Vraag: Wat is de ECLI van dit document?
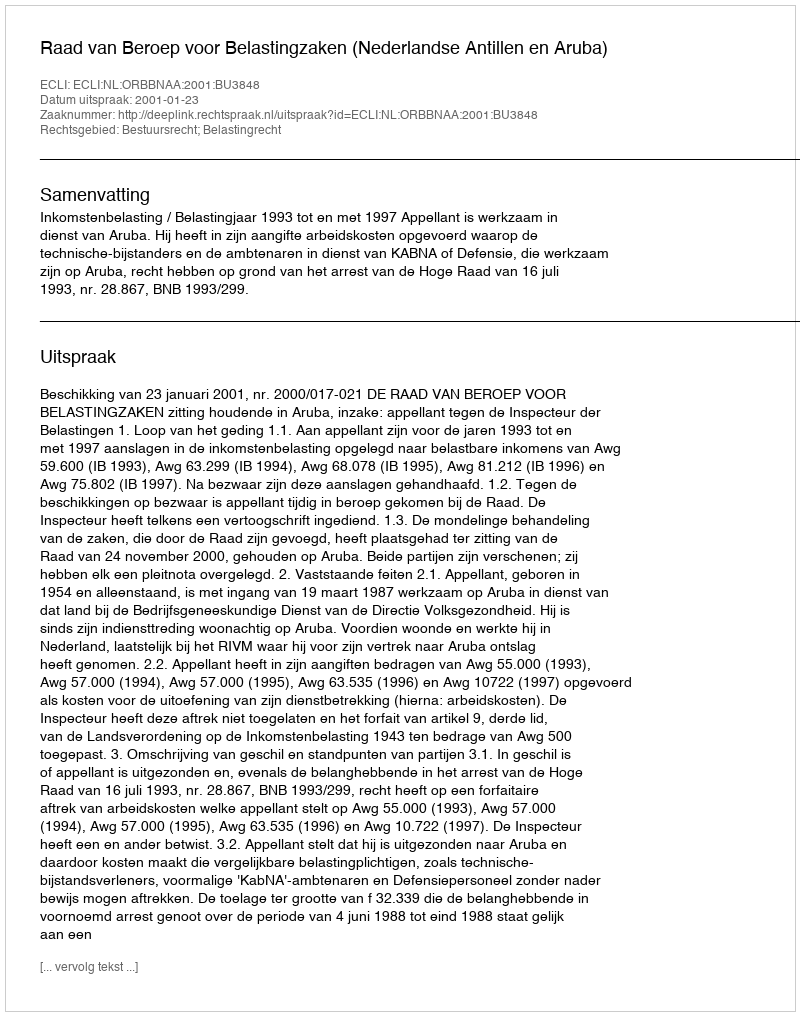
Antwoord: ECLI:NL:ORBBNAA:2001:BU3848